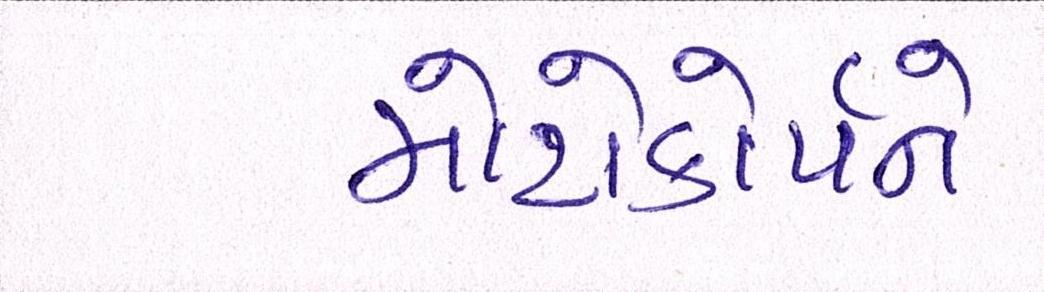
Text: મોટોકોર્પને